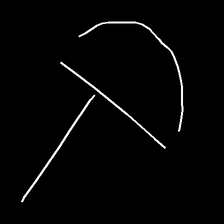
Glyph: dispersion